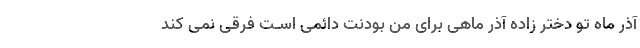
آذر ماه تو دختر زاده آذر ماهی برای من بودنت دائمی اسـت فرقی نمی کند